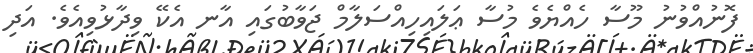
ފޮނުއްވުނު މޫސާ ހެއްޔެވެ މުސާ ޢަލައިހިއްސަލާމް ޖަވާބުގައި އާނ އެކޭ ވިދާޅުވިއެވެ. އަދި